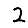
Digit: 2